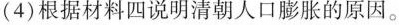
(4)根据材料四说明清朝人口膨胀的原因。